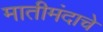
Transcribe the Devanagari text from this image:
मातीमंदाचे